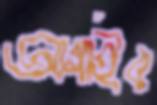
আগাইর